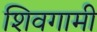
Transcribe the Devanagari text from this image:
शिवगामी